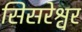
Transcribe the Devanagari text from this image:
सिसरेश्वर